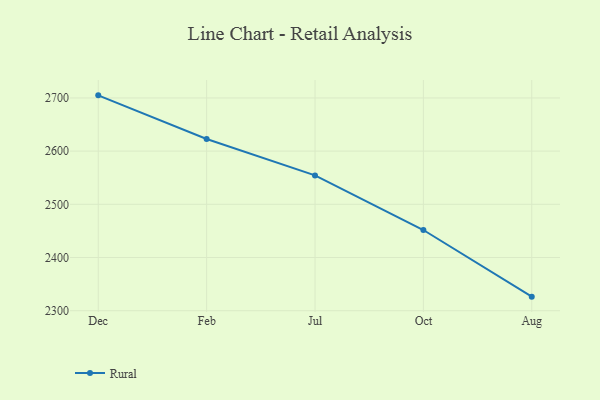
{"axis": {"x": "Month", "y": "Website Visitors"}, "legend": ["Rural"], "data": [{"x": "Dec", "y": 2704.9, "type": "Rural"}, {"x": "Feb", "y": 2622.9, "type": "Rural"}, {"x": "Jul", "y": 2554.4, "type": "Rural"}, {"x": "Oct", "y": 2451.7, "type": "Rural"}, {"x": "Aug", "y": 2326.4, "type": "Rural"}]}